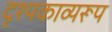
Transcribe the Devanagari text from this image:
दृश्यकाव्यरूप